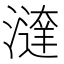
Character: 𣿔